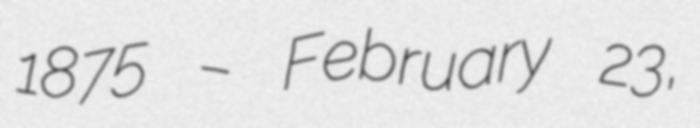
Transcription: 1875 – February 23,